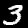
Digit: 3